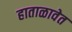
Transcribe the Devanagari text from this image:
हाताळावेत